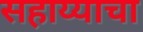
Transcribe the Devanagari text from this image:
सहाय्याचा